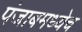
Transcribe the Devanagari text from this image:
पंजाबमध्येच